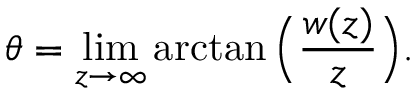
\theta = \operatorname* { l i m } _ { z \rightarrow \infty } \arctan { \Big ( } { \frac { w ( z ) } { z } } { \Big ) } .